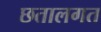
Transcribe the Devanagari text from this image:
छतालगत